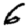
Digit: 6